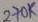
Text: 270k